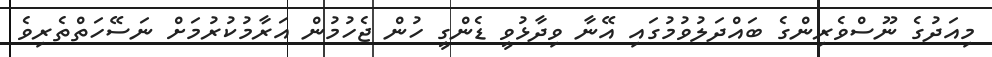
މިއަދުގެ ނޫސްވެރިންގެ ބައްދަލުވުމުގައި އޭނާ ވިދާޅުވީ ޑެންގީ ހުން ޖެހުމުން އަރާމުކުރުމަށް ނަސޭހަތްތެރިވެ